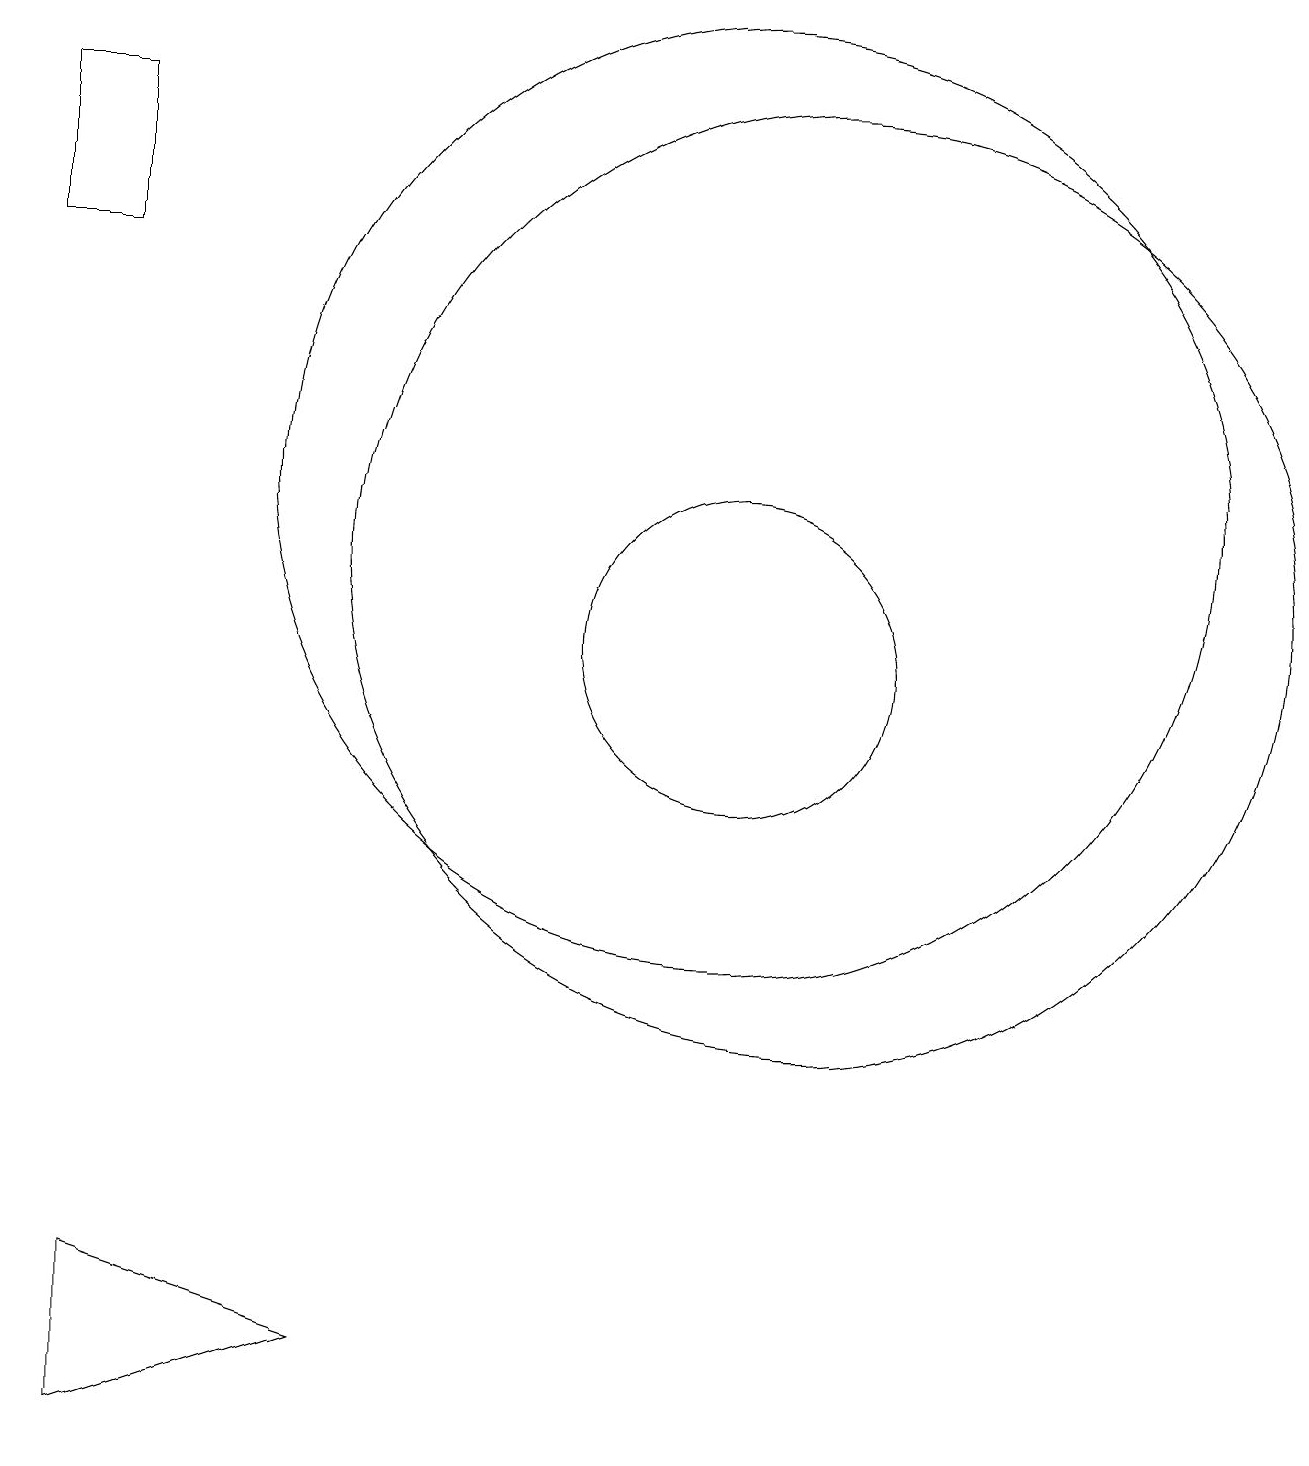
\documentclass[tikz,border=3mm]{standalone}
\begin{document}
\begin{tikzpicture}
\draw (12,11) circle (6);
\draw (11,12) circle (6);
\draw (3,2) -- (6,1) -- (3,0) -- cycle;
\draw (11,10) circle (2);
\draw (3,15) rectangle (2,17);
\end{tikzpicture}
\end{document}